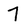
Character: 7